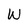
Character: W